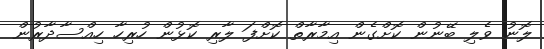
ލޮނު ވެލި ބޭނުން ކޮށްގެން އިމާރާތް ކޮށްފަ ލާރި ކޮޅުން ހުރިހާ ހިއްސާދާރުން